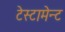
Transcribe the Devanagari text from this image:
टेस्टामेन्ट